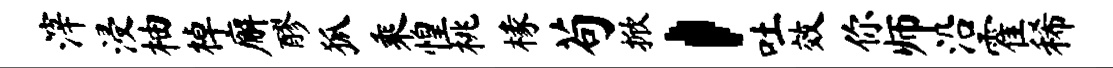
滓浸柚棹廨醪狐乘惶桃椽苟掀，吐效你师沿霍稀